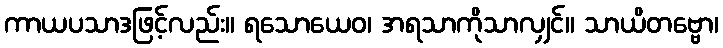
ကာယပသာဒဖြင့်လည်း။ ရသောယေဝ၊ အရသာကိုသာလျှင်။ သာယိတဗ္ဗော၊